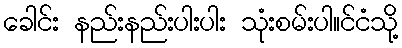
ခေါင်း နည်းနည်းပါးပါး သုံးစမ်းပါ။င်ငံသို့